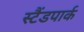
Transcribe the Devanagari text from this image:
स्टैंडपार्क